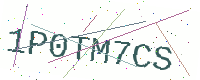
Text: 1P0TM7CS